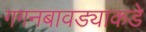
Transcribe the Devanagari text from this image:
गगनबावड्याकडे